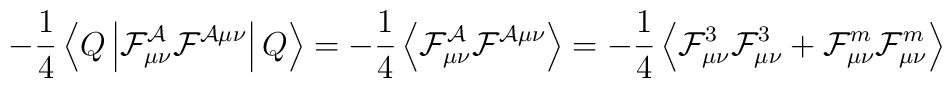
-\frac{1}{4}\left\langle Q \left|   \cal F^{\cal A}_{\mu \nu} \cal F^{\cal A \mu \nu}    \right | Q \right\rangle =   -\frac{1}{4} \left\langle   \cal F^{\cal A}_{\mu \nu} \cal F^{\cal A \mu \nu}   \right\rangle =   -\frac{1}{4} \left\langle   {\cal F}^3_{\mu \nu} {\cal F}^3_{\mu \nu} +   {\cal F}^m_{\mu \nu} {\cal F}^m_{\mu \nu}   \right\rangle